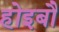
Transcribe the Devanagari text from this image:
होइबौ